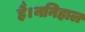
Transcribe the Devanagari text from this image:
है।ननिहाल